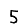
Digit: 5